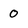
Character: 0